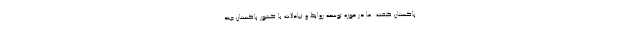
پاکستان گفت: ما در حوزه توسعه روابط و تبادلات با کشور پاکستان چند